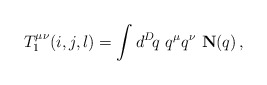
\begin{align*}T_1^{\mu\nu}(i,j,l) = \int d^D\! q\,\, q^\mu q^\nu \,\, {\bf N}(q)\,,\end{align*}